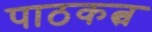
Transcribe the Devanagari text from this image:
पाठकत्व